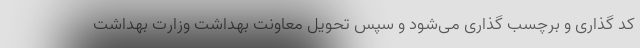
کد گذاری و برچسب گذاری می‌شود و سپس تحویل معاونت بهداشت وزارت بهداشت